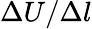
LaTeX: \Delta U/\Delta l